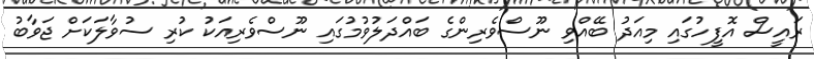
ރައީސް އޮފީހުގައި މިއަދު ބޭއްވި ނޫސްވެރިންގެ ބައްދަލުވުމުގައި ނޫސްވެރިއަކު ކުރި ސުވާލަކަށް ޖަވާބު